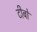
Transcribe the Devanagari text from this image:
टीबो